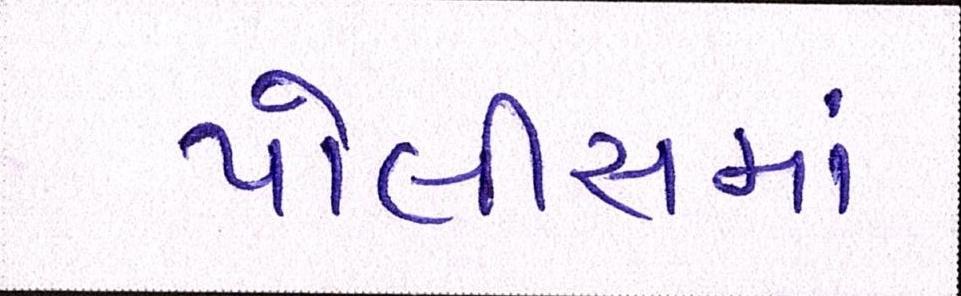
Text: પોલીસમાં